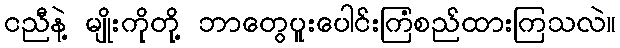
ငညီနဲ့ မျိုးကိုတို့ ဘာတွေပူးပေါင်းကြံစည်ထားကြသလဲ။